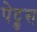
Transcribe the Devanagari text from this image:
पेट्रुस